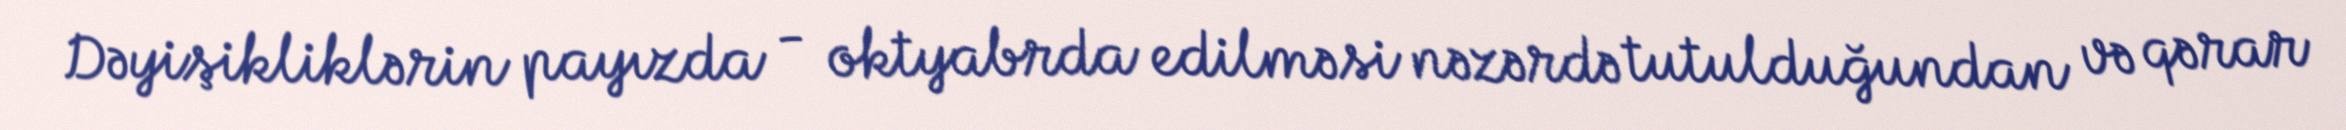
Dəyişikliklərin payızda - oktyabrda edilməsi nəzərdə tutulduğundan və qərar